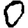
Digit: 0